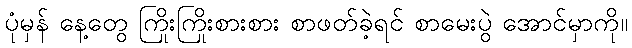
ပုံမှန် နေ့တွေ ကြိုးကြိုးစားစား စာဖတ်ခဲ့ရင် စာမေးပွဲ အောင်မှာကို။